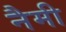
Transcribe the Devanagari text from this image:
नैमी